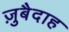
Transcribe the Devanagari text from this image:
ज़ुबैदाह